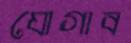
যোগাব